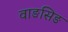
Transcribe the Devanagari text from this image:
वाङसिङ